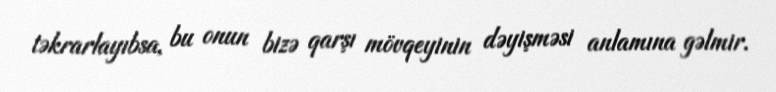
təkrarlayıbsa, bu onun bizə qarşı mövqeyinin dəyişməsi anlamına gəlmir.